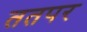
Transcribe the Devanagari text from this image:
ततपर